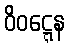
ဝိဝဋ္ဋေန